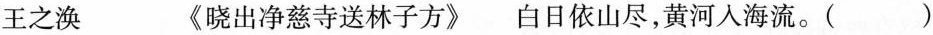
王之涣 《晓出净慈寺送林子方》白日依山尽，黄河入海流。（）